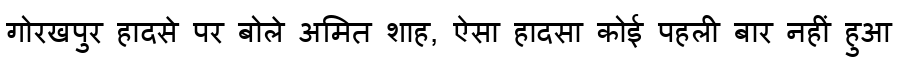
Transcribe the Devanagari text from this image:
गोरखपुर हादसे पर बोले अमित शाह, ऐसा हादसा कोई पहली बार नहीं हुआ